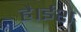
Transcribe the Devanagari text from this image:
है।ईश